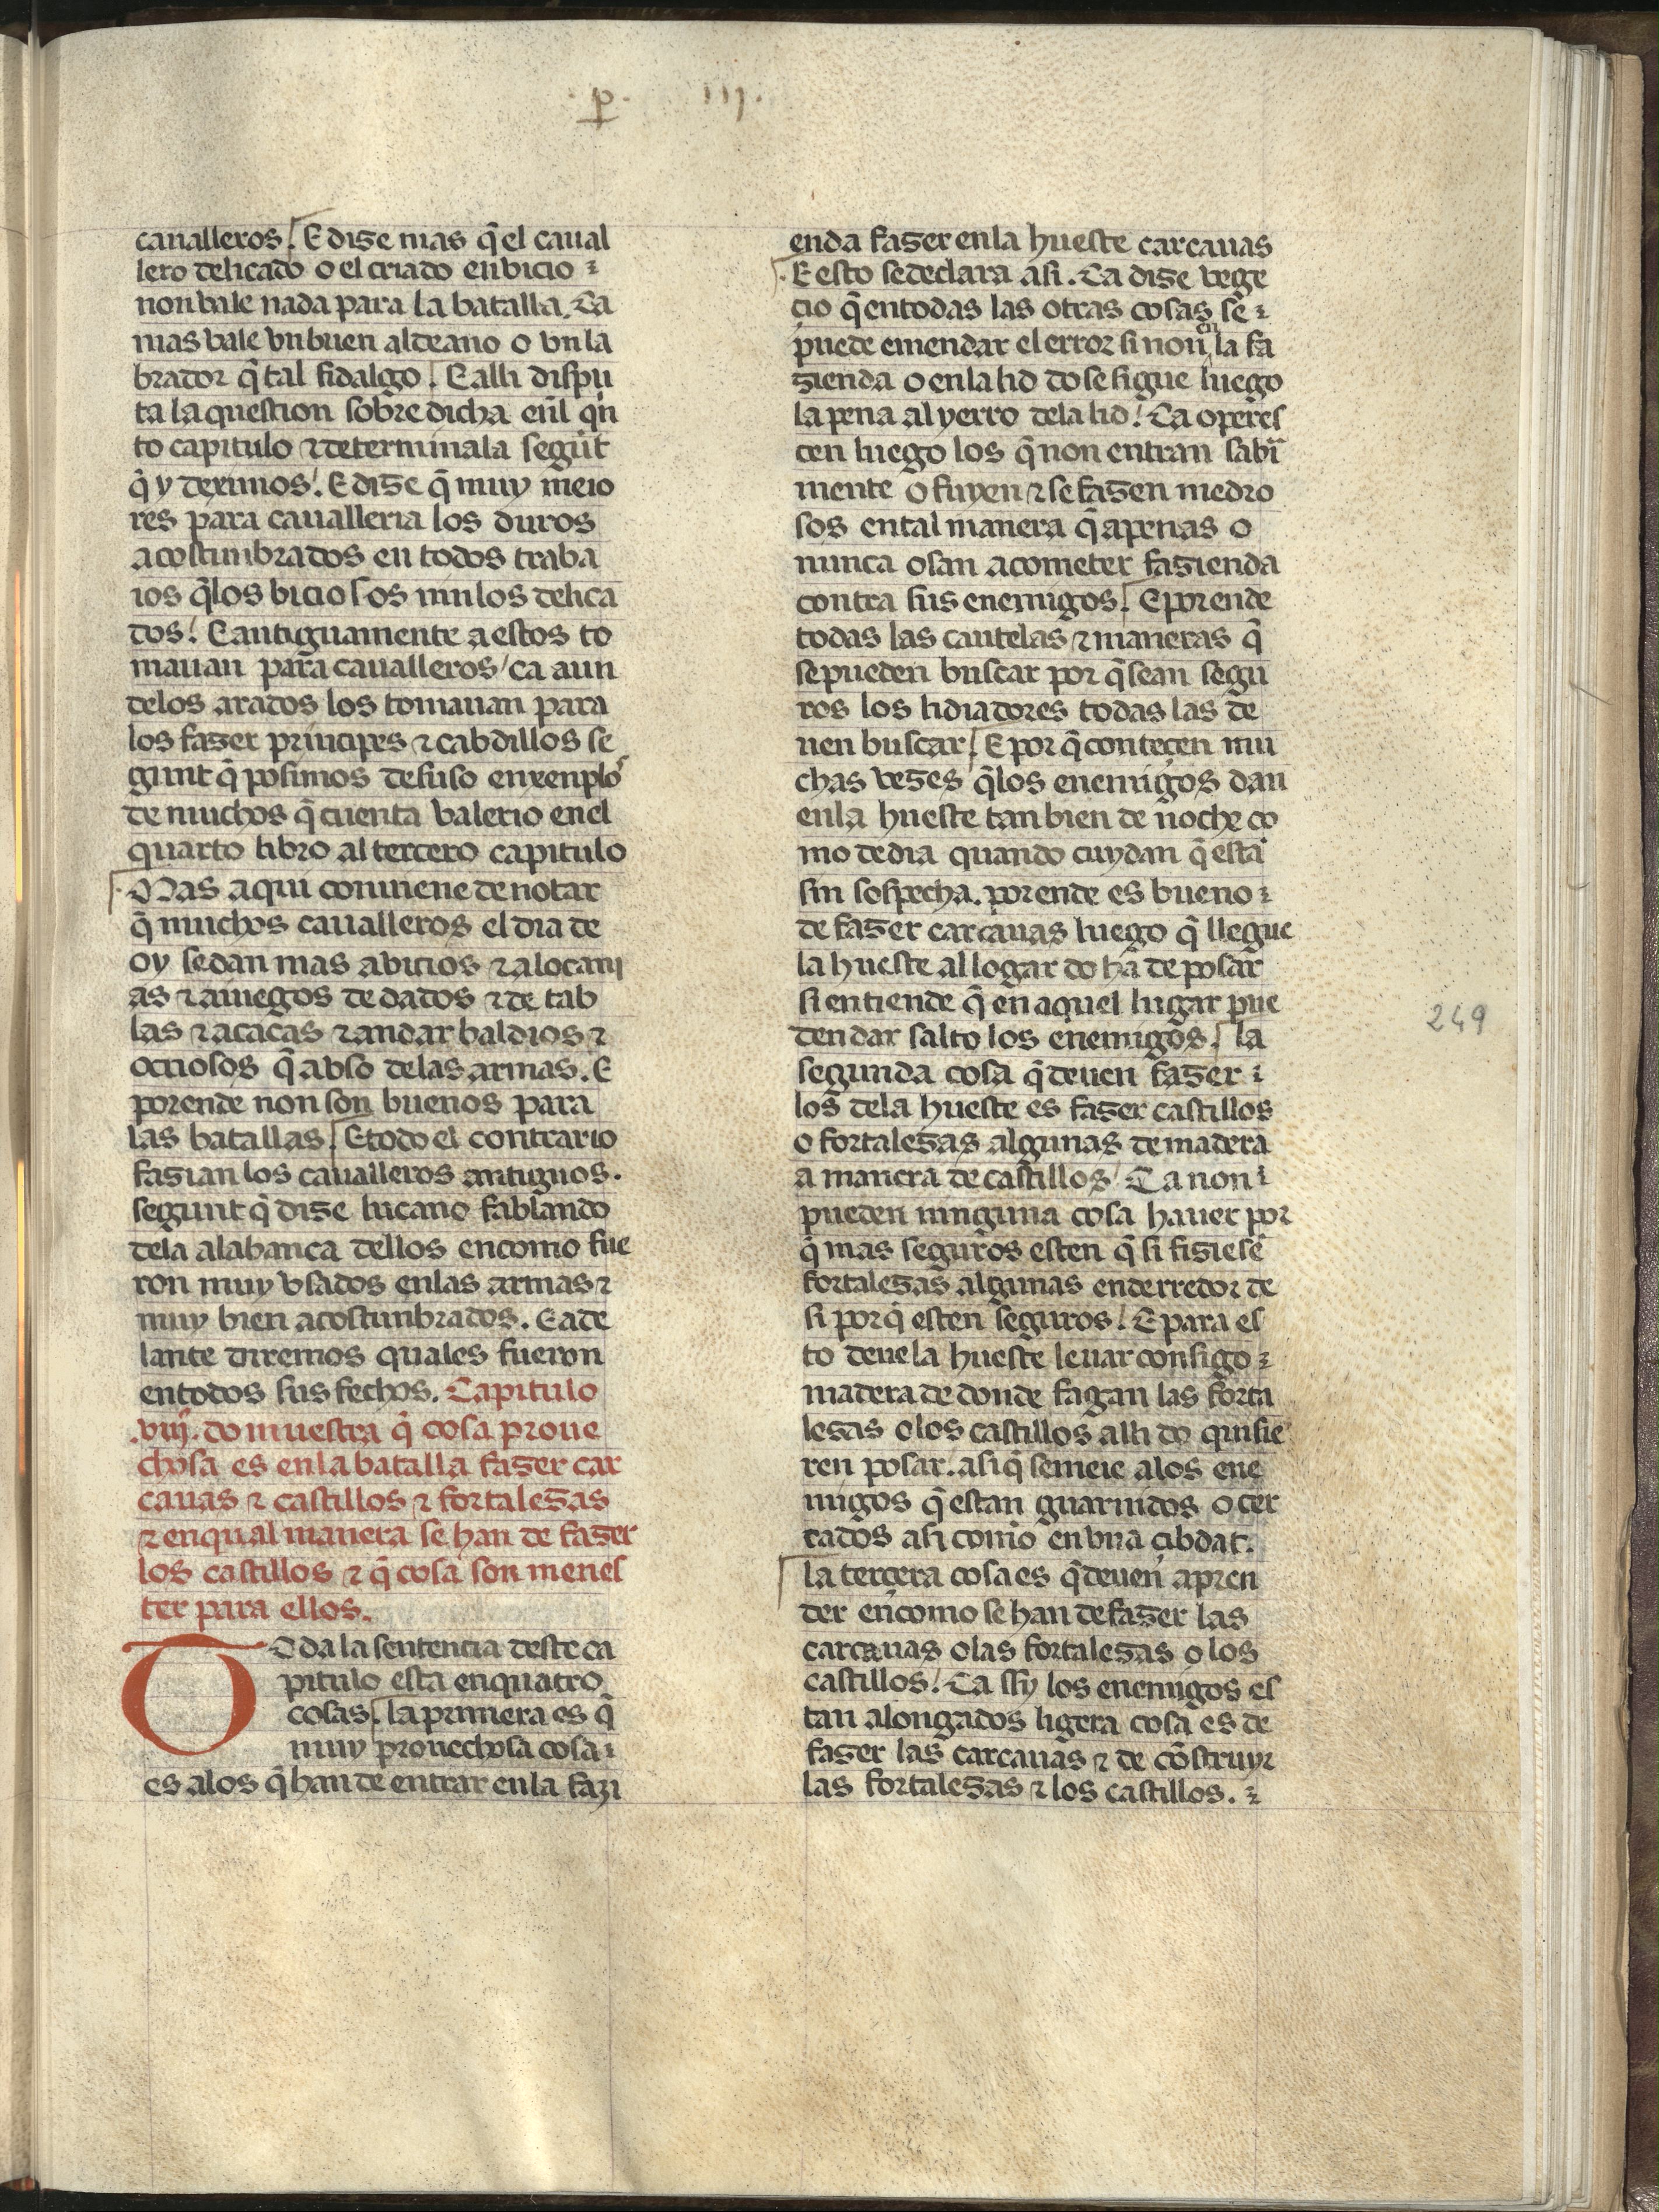
Shelfmark: Madrid, Fundación Lázaro Galdiano, mss 289
Century: 15